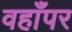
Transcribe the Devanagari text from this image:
वहाँपर